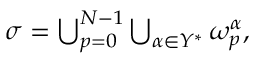
\begin{array} { r } { \sigma = \bigcup _ { p = 0 } ^ { N - 1 } \bigcup _ { \alpha \in Y ^ { * } } \omega _ { p } ^ { \alpha } , } \end{array}